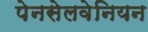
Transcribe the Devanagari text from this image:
पेनसेलवेनियन